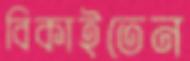
বিকাইতেন